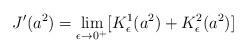
LaTeX: \begin{align*}J'(a^2)= \lim_{\epsilon \to 0^+} [K_{\epsilon}^1(a^2)+K_{\epsilon}^2(a^2)]\end{align*}